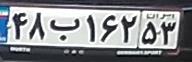
۴۸ب۱۶۲۵۳